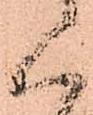
く